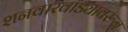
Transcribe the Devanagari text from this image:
शनवारवाड्यावरून